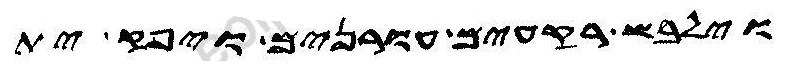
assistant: וילבש רקעים עורנים ויפק ית